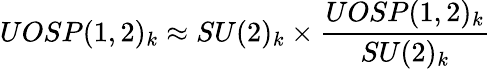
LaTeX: UOSP(1,2)_{k}\approx SU(2)_{k}\times{\frac{UOSP(1,2)_{k}}{SU(2)_{k}}}